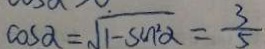
\cos \alpha = \sqrt { 1 - \sin ^ { 2 } \alpha } = \frac { 3 } { 5 }